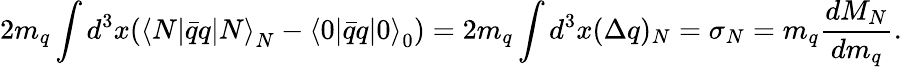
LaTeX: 2m_{q}\int d^{3}x({\langle N|\bar{q}q|N\rangle}_{N}-{\langle 0|\bar{q}q|0\rangle}_{0})=2m_{q}\int d^{3}x(\Delta q)_{N}=\sigma_{N}=m_{q}{\frac{d{M_{N}}}{dm_{q}}}.